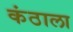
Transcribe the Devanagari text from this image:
कंठाला